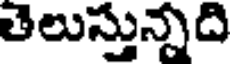
తెలుస్తున్నది